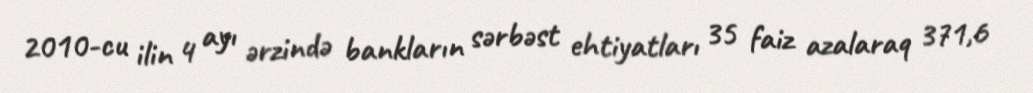
2010-cu ilin 4 ayı ərzində bankların sərbəst ehtiyatları 35 faiz azalaraq 371,6